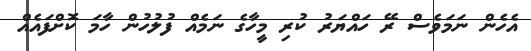
އެހެން ނަމަވެސް ރޭ ހައްޔަރު ކުރި މީހާގެ ނަމެއް ފުލުހުން ހާމަ ކޮށްފައެއް